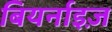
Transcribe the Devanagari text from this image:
बियर्नाइज़